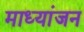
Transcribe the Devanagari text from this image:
माध्यांजन